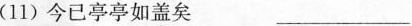
(11)今已亭亭如盖矣__________